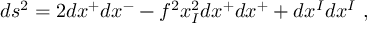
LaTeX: d s ^ { 2 } = 2 d x ^ { + } d x ^ { - } - f ^ { 2 } x _ { I } ^ { 2 } d x ^ { + } d x ^ { + } + d x ^ { I } d x ^ { I } ~ ,